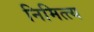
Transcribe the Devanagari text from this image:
निमित्त्य